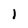
Character: l